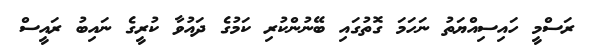
ރަސްމީ ހައިސިއްޔަތު ނަހަމަ ގޮތުގައި ބޭނުންކުރި ކަމުގެ ދައުވާ ކުރީގެ ނައިބު ރައީސް